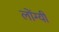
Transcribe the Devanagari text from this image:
लोंग्यी